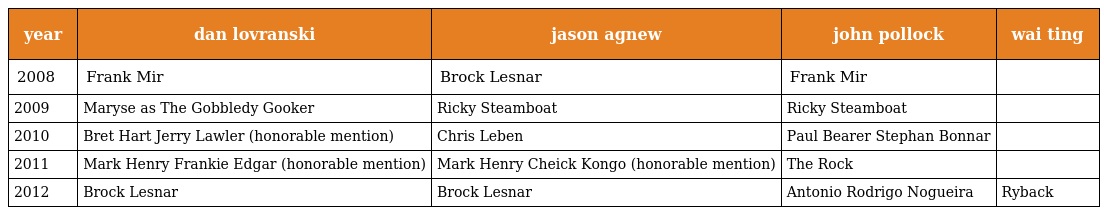
| year | dan lovranski | jason agnew | john pollock | wai ting |
 | --- | --- | --- | --- | --- |
 | 2008 | Frank Mir | Brock Lesnar | Frank Mir |  |
 | 2009 | Maryse as The Gobbledy Gooker | Ricky Steamboat | Ricky Steamboat |  |
 | 2010 | Bret Hart Jerry Lawler (honorable mention) | Chris Leben | Paul Bearer Stephan Bonnar |  |
 | 2011 | Mark Henry Frankie Edgar (honorable mention) | Mark Henry Cheick Kongo (honorable mention) | The Rock |  |
 | 2012 | Brock Lesnar | Brock Lesnar | Antonio Rodrigo Nogueira | Ryback |